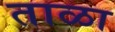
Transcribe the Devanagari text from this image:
ताळा